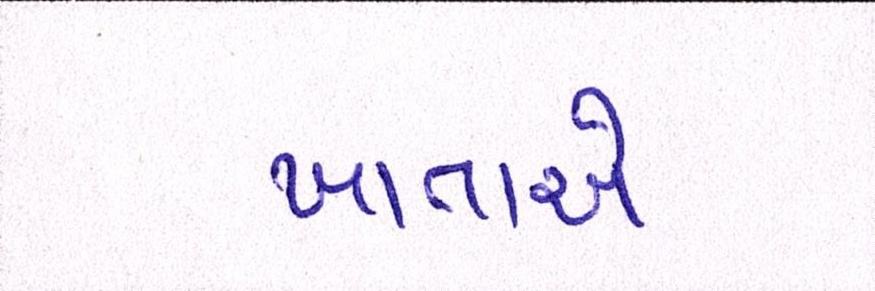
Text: ખાતાએ